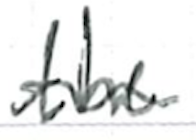
Text: the
Cross-out: wave
Writing tool: ballpoint